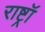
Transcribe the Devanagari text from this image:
राष्ट्रॉ